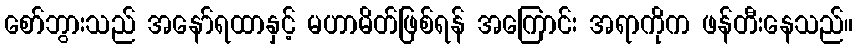
စော်ဘွားသည် အနော်ရထာနှင့် မဟာမိတ်ဖြစ်ရန် အကြောင်း အရာကိုက ဖန်တီးနေသည်။